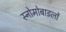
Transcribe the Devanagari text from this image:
स्नोमोबाइलों